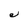
Character: e